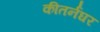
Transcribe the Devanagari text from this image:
कीतर्नघर